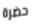
حضرة